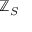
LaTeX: \mathbb { Z } _ { S }